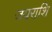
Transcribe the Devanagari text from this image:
जयराशि